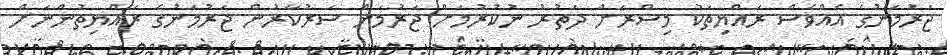
ޖަރުމަނުގެ އެއްވެސް ރައްޔިތަކު މިސްރަށް ދަތުރު ނުކުރުމަށް ޖަރުމަން ސަރުކާރުން ޖަރުމަނުގެ ރައްޔިތުންނަށް